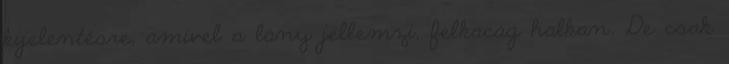
kijelentésre, amivel a lány jellemzi, felkacag halkan. De csak